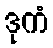
ဒုကံ